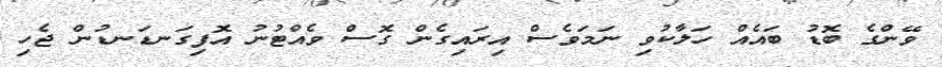
ވޭންގެ ބޮޑު ބައެއް ހަލާކުވި ނަމަވެސް އިރައިގެން ގޮސް ވެއްޓުނު އޮފިގަނޑަނޑުން ޖެހި